Report on plague and inoculation in the Punjab from October 1st ... to September 30th..., being the ... season of plague in the province
Disease focus: Plague
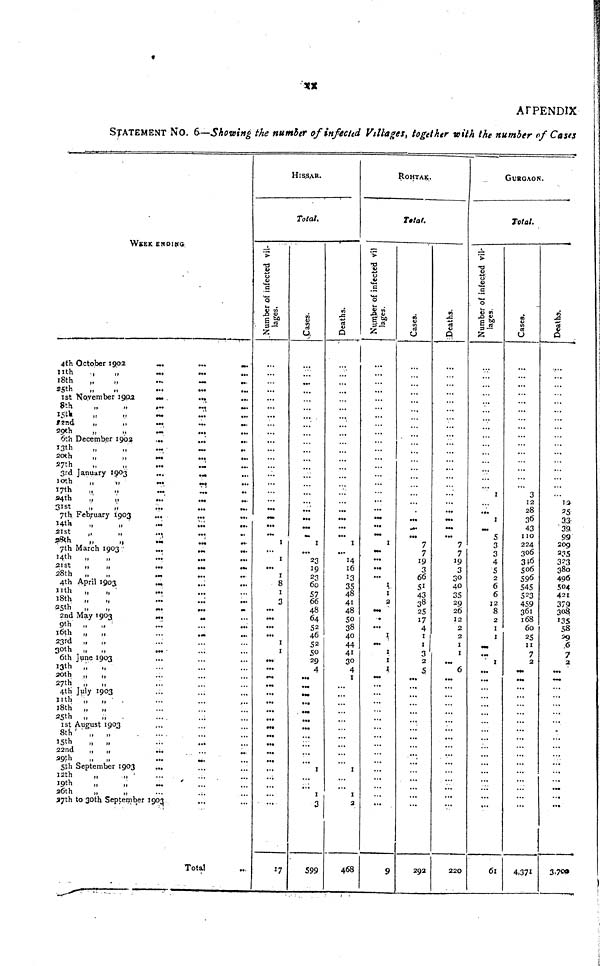
xx
APPENDIX
STATEMENT No. 6—Showing the number of infected Villages, together with the number of Cases
WEEK ENDING
4th October 1902
11th
18th
25th
"
"
"
"
"
"
1st November 1902
8th
15th
22nd
29th
"
"
"
"
"
"
"
"
6th December 1902
13th
20th
27th
"
"
"
"
"
"
3rd January 1903
10th
17th
24th
31st
"
"
"
"
"
"
"
"
7th February 1903
14th
21st
28th
"
"
"
"
"
"
7th March 1903
14th
21St
28th
"
"
"
"
"
"
4th April 1903.
11th
18th
25th
"
"
"
"
"
"
2nd May 1903
9th
16th
23rd
30th
"
"
"
"
"
"
"
"
6th June 1903
13th
20th
27th
"
"
"
"
"
"
4th July 1903
11th
18th
25th
"
"
"
"
"
"
1st August 1903
8th
15th
22nd
29th
"
"
"
"
"
"
"
"
5th September 1903
12th
19th
26th
"
"
"
"
"
"
27th to 30th September
...
"
...
...
...
...
...
...
...
...
...
...
...
...
...
...
...
...
...
...
...
...
...
...
...
...
...
...
...
...
...
...
...
...
...
...
...
...
...
...
...
...
...
...
...
...
...
...
...
...
...
...
1903
...
...
...
...
...
...
...
...
...
...
...
...
...
...
...
...
...
...
...
...
...
...
...
...
...
...
...
...
...
...
...
...
...
...
...
...
...
...
...
...
...
...
...
...
...
...
...
...
...
...
...
...
...
Total
...
...
...
...
...
...
...
...
...
...
...
...
...
...
...
...
...
...
...
...
...
...
...
...
...
...
...
...
...
...
...
...
...
...
...
...
...
...
...
...
...
...
...
...
...
...
...
...
...
...
...
...
...
...
Number of infected vil-
lages.
...
...
...
...
...
...
...
...
...
...
...
...
...
...
...
...
...
...
...
...
... ...
...
1
8
1
3
...
...
...
...
1
1
...
...
...
...
...
...
...
...
...
...
...
...
...
...
...
...
...
...
17
HISSAR.
Total.
Cases.
...
...
...
...
...
...
...
...
...
...
...
...
...
...
...
...
...
...
...
...
...
1
...
23
19
23
60
57
66
48
64
52
46
52
50
29
4
...
...
...
...
...
...
...
...
...
...
...
1
...
...
1
3
599
Deaths.
...
...
...
...
...
...
...
...
...
...
...
...
...
...
...
...
...
...
...
...
...
...
...
...
14
16
13
35
48
41
48
50
38
40
44
41
30
4
1
...
...
...
...
...
...
...
...
...
1
...
...
1
2
468
Number of infected vil-
lages.
...
...
...
...
...
...
...
...
...
...
...
...
...
...
...
...
...
...
...
...
1 ...
...
...
...
1
1
2
...
...
...
1
...
1
...
1
1
1
...
...
...
...
...
...
...
...
...
...
...
...
...
...
...
9
ROHTAK.
Total.
Cases.
...
...
...
...
...
...
...
...
...
...
...
...
...
...
...
...
...
...
7
7
19
3
66
51
43
38
25
17
4
1
1
3
2
5
...
...
...
...
...
...
...
...
...
...
...
...
...
...
...
...
...
292
Deaths.
...
...
...
...
...
...
...
...
...
...
...
...
...
...
...
...
...
...
...
...
7
7
19
3
30
40
35
29
26
12
2
2
1
1
...
6
...
...
...
...
...
...
...
...
...
...
...
...
...
...
...
...
220
Number of infected vil-
lages.
...
...
...
...
...
...
...
...
...
...
...
...
...
...
...
1
...
...
1
...
5
3
3
4
5
2
6
6
12
8
2
1
1
...
...
...
...
...
...
...
...
...
...
...
...
...
...
...
...
...
...
...
...
61
GURGAON.
Total.
Cases.
...
...
...
...
...
...
...
...
...
...
...
...
...
...
...
3
12
28
36
43
110
224
306
346
506
596
545
523
459
361
168
60
25
11
7
2
...
...
...
...
...
...
...
...
...
...
...
...
...
...
...
...
...
4,371
Deaths.
...
... ... *
...
...
...
...
...
...
...
... ...• ••
...
...
...
...
12
25
33
39
99
209
235
323
380
496
504
421
379
308
135
58
29
6
7
2
...
...
...
...
...
...
...
...
...
...
...
...
...
...
...
...
...
3,700